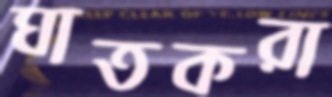
ঘাতকরা